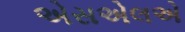
એસએલએ